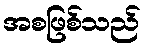
အစဖြစ်သည်